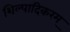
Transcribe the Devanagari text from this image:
शिल्पादिकरम्